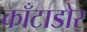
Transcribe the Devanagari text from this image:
काँटाडोर